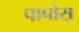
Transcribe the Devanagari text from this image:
पापोस़